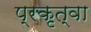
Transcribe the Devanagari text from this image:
प्रकृत्वा